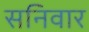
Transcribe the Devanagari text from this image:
सनिवार